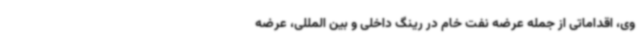
وی، اقداماتی از جمله عرضه نفت خام در رینگ داخلی و بین المللی، عرضه